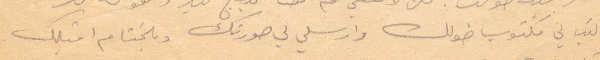
اكتب لي مكتوب طولك وارسلي لي صورتك وبلختام اقبلك